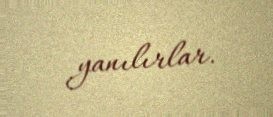
yanılırlar.